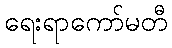
ရေးရာကော်မတီ